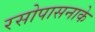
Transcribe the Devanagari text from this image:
रसोपासनाके